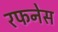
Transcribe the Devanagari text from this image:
रफनेस